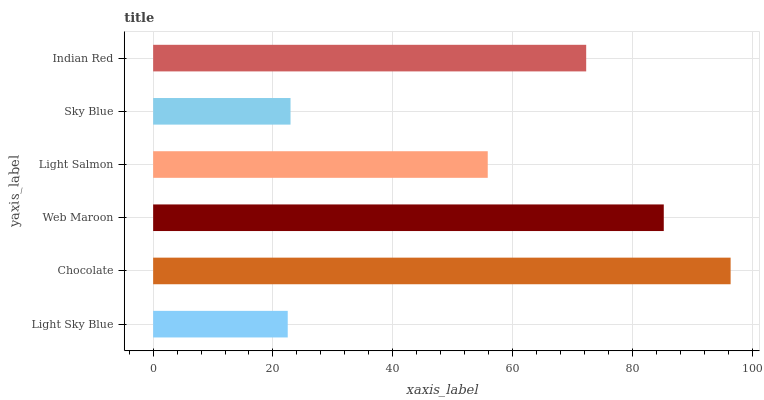
| yaxis_label | bars |
 | --- | --- |
 | Light Sky Blue | 22.5 |
 | Chocolate | 96.4 |
 | Web Maroon | 85.3 |
 | Light Salmon | 55.9 |
 | Sky Blue | 22.9 |
 | Indian Red | 72.3 |